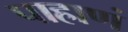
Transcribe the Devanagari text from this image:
पाहाणं